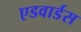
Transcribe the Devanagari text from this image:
एडवार्डस